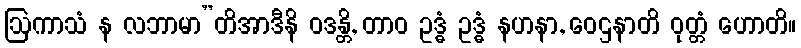
ဩကာသံ န လဘာမာ”တိအာဒီနိ ဝဒန္တိ, တာဝ ဥဒ္ဓံ ဥဒ္ဓံ နဟနာ, ဝေဌနာတိ ဝုတ္တံ ဟောတိ။